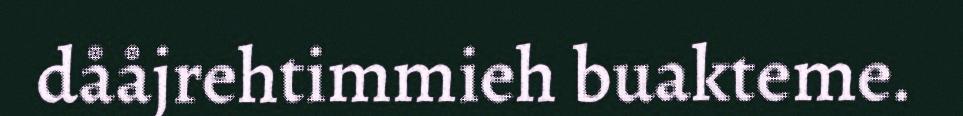
dååjrehtimmieh buakteme.